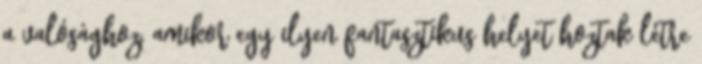
a valósághoz, amikor egy ilyen fantasztikus helyet hoztak létre